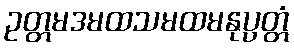
ဥတ္တမဒမထသမထမနုပ္ပတ္တံ